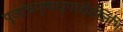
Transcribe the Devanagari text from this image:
पूजांचपुष्पधूपाद्यैर्बलिभिः